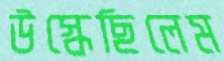
উস্‌কেছিলেম